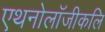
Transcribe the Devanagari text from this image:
एथनोलॉजीकलि